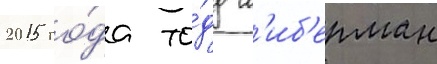
2015 го́да то́дд л'иб'ерман